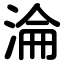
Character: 淪